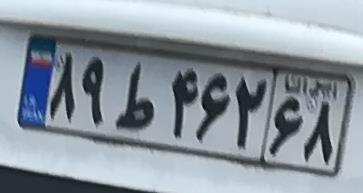
۸۹ط۴۶۲۶۸